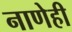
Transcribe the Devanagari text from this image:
नाणेही